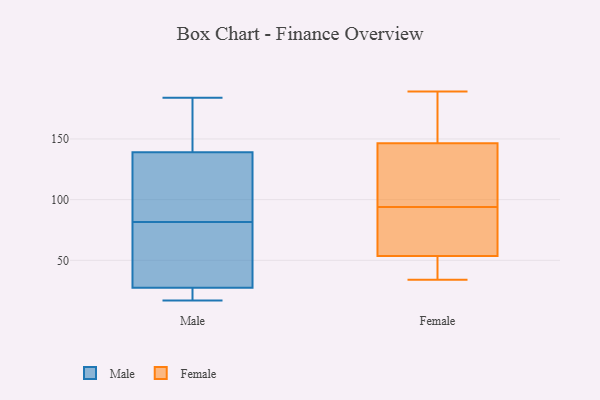
{"axis": {"x": "Production Output", "y": "Value"}, "legend": ["Female", "Male"], "data": [{"x": "", "y": 25, "type": "Male"}, {"x": "", "y": 184, "type": "Male"}, {"x": "", "y": 90, "type": "Male"}, {"x": "", "y": 24, "type": "Male"}, {"x": "", "y": 30, "type": "Male"}, {"x": "", "y": 128, "type": "Male"}, {"x": "", "y": 17, "type": "Male"}, {"x": "", "y": 51, "type": "Male"}, {"x": "", "y": 95, "type": "Male"}, {"x": "", "y": 163, "type": "Male"}, {"x": "", "y": 150, "type": "Male"}, {"x": "", "y": 128, "type": "Male"}, {"x": "", "y": 163, "type": "Male"}, {"x": "", "y": 36, "type": "Male"}, {"x": "", "y": 73, "type": "Male"}, {"x": "", "y": 21, "type": "Male"}, {"x": "", "y": 34, "type": "Female"}, {"x": "", "y": 119, "type": "Female"}, {"x": "", "y": 44, "type": "Female"}, {"x": "", "y": 71, "type": "Female"}, {"x": "", "y": 94, "type": "Female"}, {"x": "", "y": 94, "type": "Female"}, {"x": "", "y": 90, "type": "Female"}, {"x": "", "y": 151, "type": "Female"}, {"x": "", "y": 54, "type": "Female"}, {"x": "", "y": 189, "type": "Female"}, {"x": "", "y": 53, "type": "Female"}, {"x": "", "y": 153, "type": "Female"}, {"x": "", "y": 142, "type": "Female"}, {"x": "", "y": 136, "type": "Female"}, {"x": "", "y": 102, "type": "Female"}, {"x": "", "y": 69, "type": "Female"}, {"x": "", "y": 174, "type": "Female"}, {"x": "", "y": 36, "type": "Female"}, {"x": "", "y": 39, "type": "Female"}, {"x": "", "y": 186, "type": "Female"}]}